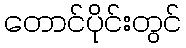
တောင်ပိုင်းတွင်